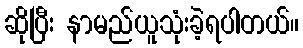
ဆိုပြီး နာမည်ယူသုံးခဲ့ရပါတယ်။